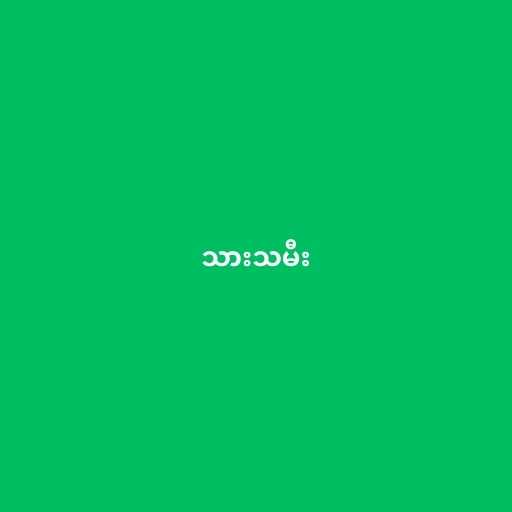
သားသမီး